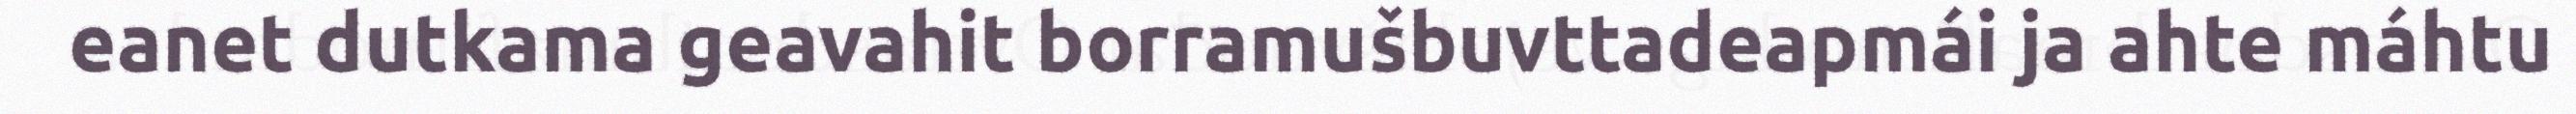
eanet dutkama geavahit borramušbuvttadeapmái ja ahte máhtu